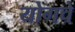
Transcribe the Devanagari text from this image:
योगचे